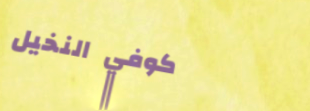
كوفي النخيل